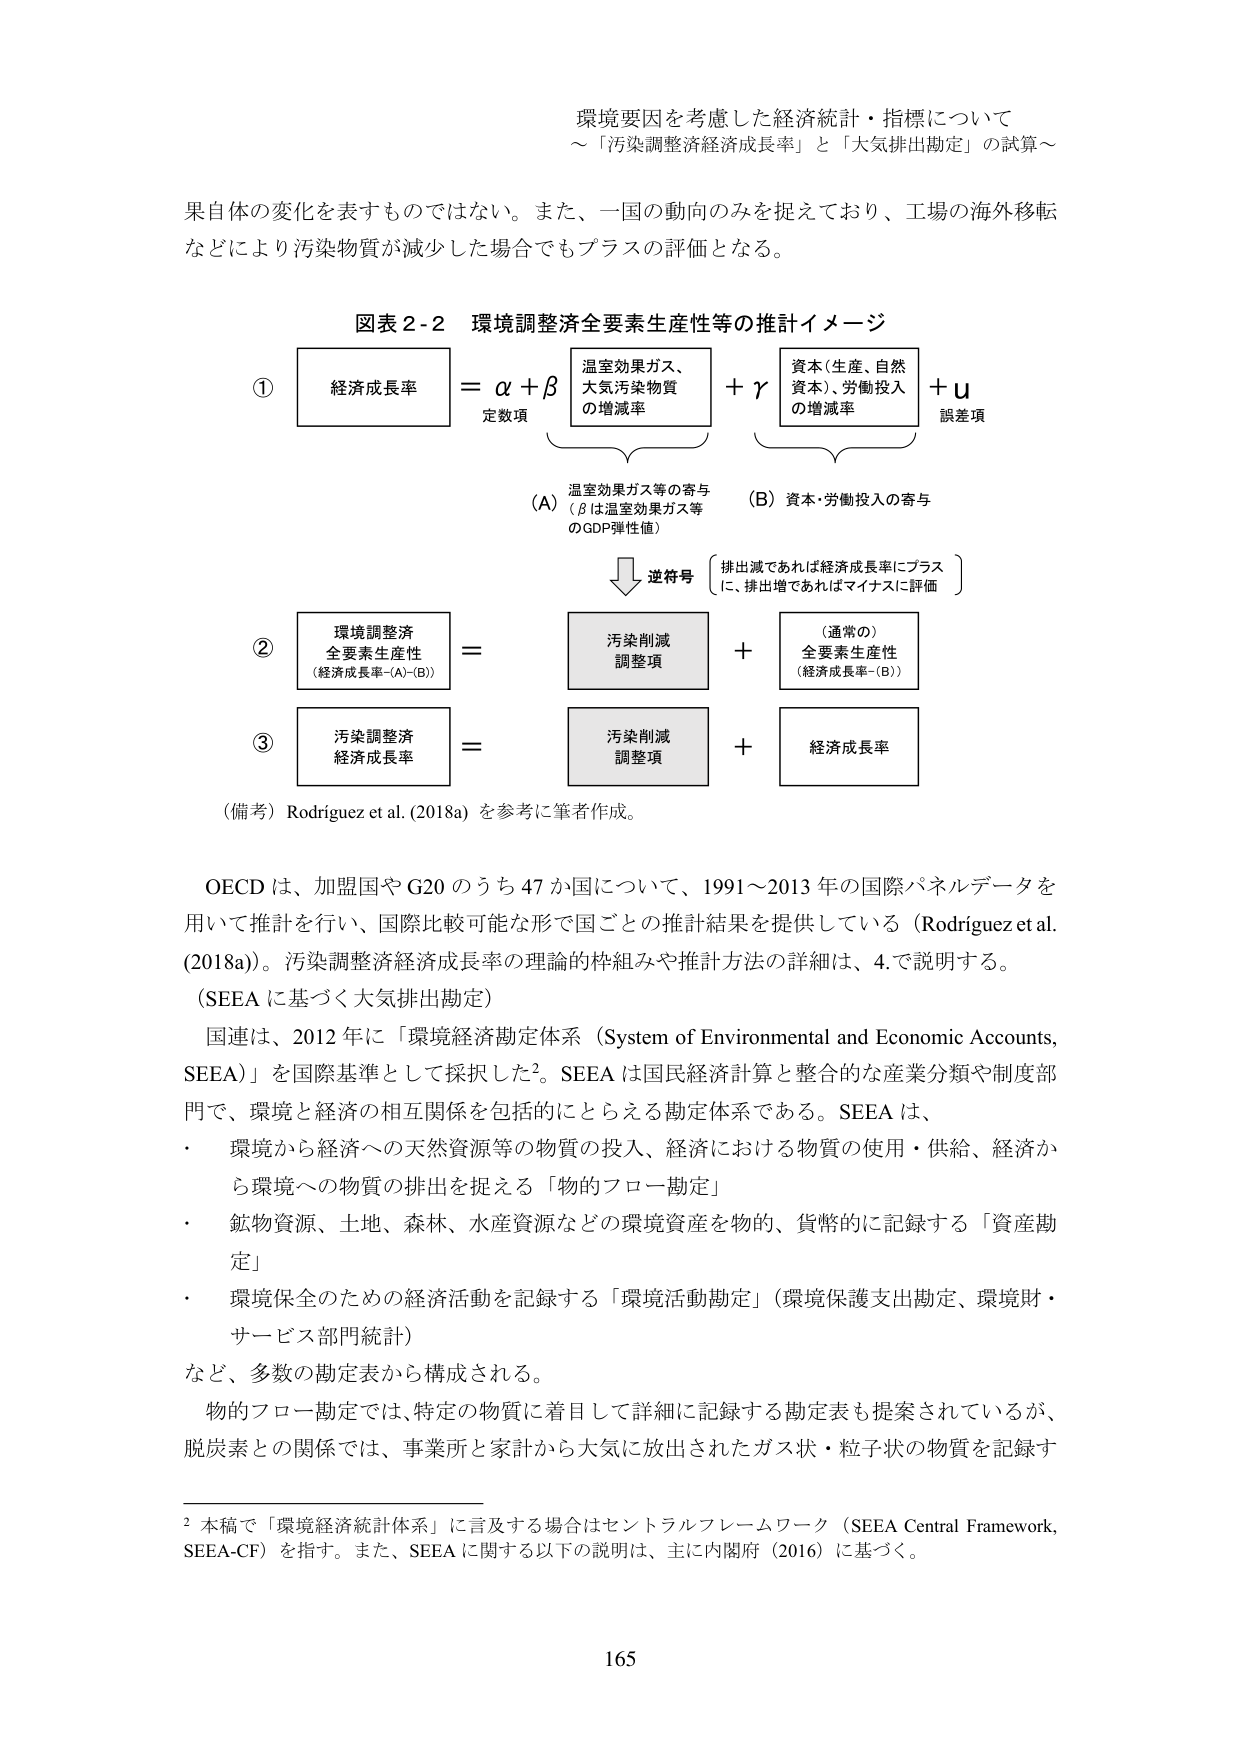
環境要因を考慮した経済統計・指標について
～「汚染調整経済成長率」と「大気排出勘定」の試算～

果自体の変化を表すものではない。また、一国の動向のみを捉えており、工場の海外移転などにより汚染物質が減少した場合でもプラスの評価となる。

図表2-2 環境調整済全要素生産性等の推計イメージ

① 経済成長率 = α + β + γ + u
　　　　　　　　定数項　　　　　　　　　　　誤差項
　　　　　　　　（A）温室効果ガス等の寄与
　　　　　　　　　　（βは温室効果ガス等のGDP弾性値）
　　　　　　　　（B）資本・労働投入の寄与
　　　　　　　　　　（排出減であれば経済成長率にプラスに、排出増であればマイナスに評価）
　　　　　　　　逆符号

② 環境調整済全要素生産性（経済成長率-(A)-(B)） = 汚染削減調整項 + （通常の）全要素生産性（経済成長率-(B)）

③ 汚染調整済経済成長率 = 汚染削減調整項 + 経済成長率

（備考）Rodriguez et al. (2018a) を参考に筆者作成。

OECDは、加盟国やG20のうち47か国について、1991～2013年の国際パネルデータを用いて推計を行い、国際比較可能な形で国ごとの推計結果を提供している（Rodriguez et al. (2018a)）。汚染調整済経済成長率の理論的枠組みや推計方法の詳細は、4.で説明する。

（SEEAに基づく大気排出勘定）

国連は、2012年に「環境経済勘定体系（System of Environmental and Economic Accounts, SEEA）」を国際基準として採択した²。SEEAは国民経済計算と整合的な産業分類や制度部門で、環境と経済の相互関係を包括的にとらえる勘定体系である。SEEAは、
・ 環境から経済への天然資源等の物質の投入、経済における物質の使用・供給、経済から環境への物質の排出を捉える「物的フロー勘定」
・ 鉱物資源、土地、森林、水産資源などの環境資産を物的、貨幣的に記録する「資産勘定」
・ 環境保全のための経済活動を記録する「環境活動勘定」（環境保護支出勘定、環境財・サービス部門統計）
など、多数の勘定表から構成される。

物的フロー勘定では、特定の物質に着目して詳細に記録する勘定表も提案されているが、脱炭素との関係では、事業所と家計から大気に放出されたガス状・粒子状の物質を記録す

² 本稿で「環境経済統計体系」に言及する場合はセントラルフレームワーク（SEEA Central Framework, SEEA-CF）を指す。また、SEEAに関する以下の説明は、主に内閣府（2016）に基づく。

165